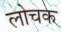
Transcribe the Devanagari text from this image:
लोचक